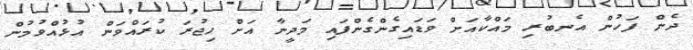
ދެން ފަހުން އެނބުރި މައްކާއަށް ވަޑައިގެންގެންފައި މަދީނާ އަށް ހިޖުރަ ކުރައްވަން އުޅުއްވުމުން